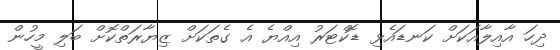
ދިހަ އާއިލާއަކަށް ކަނޑައެޅި ޑޮކްޓަރު އިއްޔެ އެ ގެތަކަށް ޒިޔާރަތްކޮށް ބަލި މީހުން